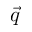
\vec { q }